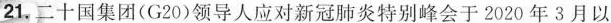
21，二十国集团(G20)领导人应对新冠肺炎特别峰会于2020年3月以